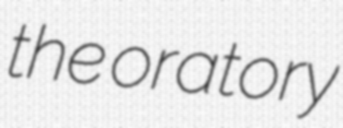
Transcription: the oratory